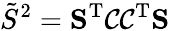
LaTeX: \tilde{S}^{2}=\mathbf{S}^{\mathrm{T}}\mathcal{C}\mathcal{C}^{\mathrm{T}}\mathbf{S}